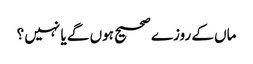
ماں کے روزے صحیح ہوں گے یا نہیں ؟